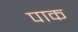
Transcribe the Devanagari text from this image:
पाक